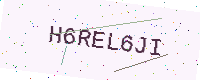
Text: H6REL6JI